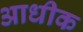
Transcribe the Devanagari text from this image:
आधीक